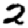
Digit: 2